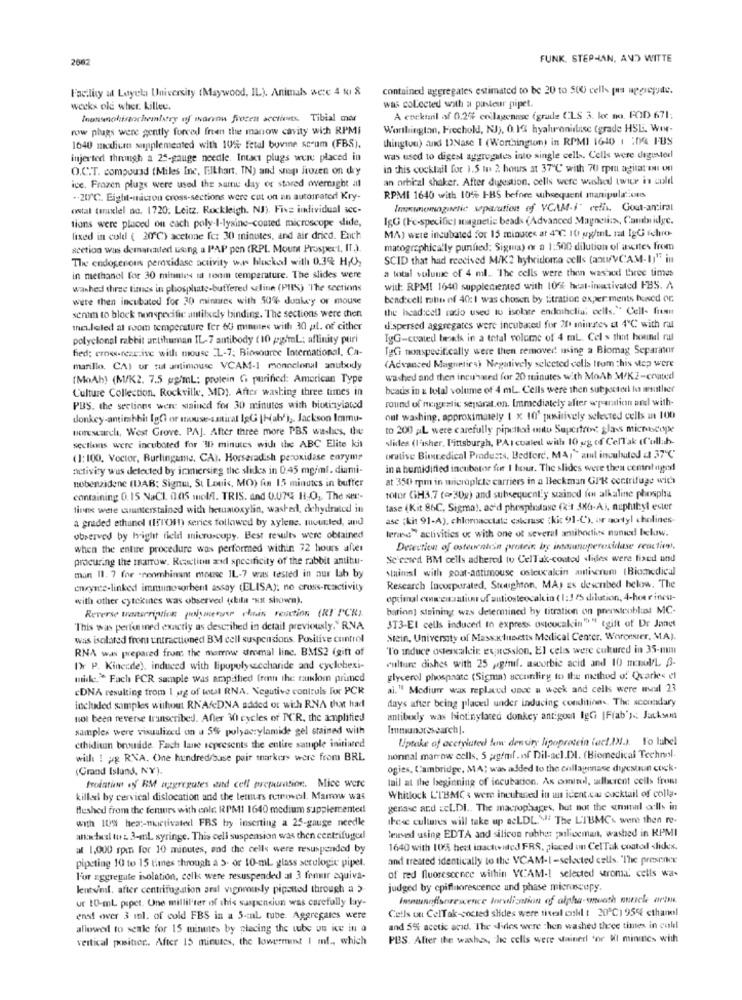
2082
FUNK. STEPHAN, AND WITTE
Facility at Layela University (Maywood, IL). Animals were 4 fu &
contained aggregates estimated to be 20 to 500 cells pa upgregyte.
weeks old wher. killee.
was collected with a pansteur pipet.
Inantenohistochemistry of warow frozen sections. Tibial mer
A cocktail of 0.2% collagennse (grade CLS 3. lec no. FOD 671;
row plugs were gently forced freen the manow cavity wich RPMI
Worthington, Frechold, NJ), 0.13 hyaluronidase (grade HSL. WIN-
thington) and INase I (Worthington) in RPMI 1640 1 :04 FBS
1640 mexican supplemented with 10% fetal bovine scrum (FBS).
injerted through a 25-gauge needle. Intact plugs were placed in
was used to digest aggregates into single cell .. Cells were deguster
O.C.T. compound (Miles Inc, Elkhart, IN) and snap Jivzen on dry
in this cocktail for 1.5 In 2 hours at 37℃ with 70 rpm agitat en on
an orbital shaker. After dugestion, cells were washed twice in culi
ice. Frozen plugs were used the same day or stored overnight at
.- 20℃. Eight-micron cross-sections were cut on an automated Kry-
RPMI 1640 with 10% I-BS before subsequent manipula.ons
osstal taraxlel ao. 1720. Leitz. Rockleigh, NJ). Five individual scc-
Imneogueric separation of VCAM-J" celis. Gout-amiral
tions were placed on each poly-l-lysine-coated microscope slide,
IgG (Fe-specific] magnetic beads (Advanced Magneti:x, Cautidge.
fixed in cold ( 20℃) acetone fc: 30 minutes, and air dried. Ench
MA) were incubated for 15 minutes at 4℃: 10 ug/ml mat IgGi ichro-
scetion was demarcated using a PAP pen (RPI. Mount Prospect, IT.).
matographically puntied; Sigma) or a 1:500 dilution of ancites from
The endogenous peroxidase activity war blocked with 0.3% HJO,
SCID that had received M/K2 hybridoma cells (anuVCAM-I]" in
a total volume of 4 ml. The cells were then was wed three times
in methanel for 30 minuties il team temperature. The slides were
washed three times in phosphate-buffered seline (PIS) "The sections
with: RPMI 1640 supplemented with 10ft heat-imotivated FBS. A
were then incubated for 30 minutes with 50% donkey or mouse
bend:cell ratte ef 40: 1 was chosen by titration experiments bowed or
the head:cell ratio used to isolate endohelia; cells." Cell- frem
senim to block nonspecific antilxely binding. The sections were then
meu.leled at room temperature fer 60 minutes with 30 pl. of cither
dispersed aggregates were incubated for 2ft minutes et 4℃ with rat
polyclonal rabbit urtihuman IL-7 antibody (10 pegimL: affinity puri
TgG-coated beats in a total volume of 4 mL. Cel s that hound rat
fied; crow-reac.ive with mouse L-7; Biosource International. Ca-
TgGi nonspecifically were then removed using a Biomag Separater
marillo. CA) ur tut antimouse VCAM-1 monoclonal anubody
(Advanced Magnetics) Negatively selected cells from this step were
(MoAh) (M/K2. 7.5 ggimL: protein Gi purified: American Type
washed and then incused for 20 minutes with MoAb M/K2-coated
Culture Collection. Rockville, MD). After washing three times in
beads in & total volume of 4 mL. Cells were then subjected to wauthier
round of magestic separat.on. Immediately after wparation and with-
PBS. the sections were stained for 30 minutes with biotinylated
donkey-antirabbi IgGi or mouse-amiral IşG [Hab') ,. Jackson Immu-
out washing, approximately 1 x 10' positively selected cells in 100
toresearch, West Grove. PAJ. After three more PBS washes, the
to 200 AL were carefully pipetlod outu Supcitron glans microscope
slides (Fisher, Pittsburgh, PAI cualed with 10 ug of CelTak (Cullah-
sections were incubated for 'Il minutes wide the ABC Elite kit
(1:100. Vector, Burlingame. CA). Horseradish peroxidase enzyme
orative Biomedical Products, Bedford, MAy"amel incubated a 37℃
activity wus detected by iramersieg the slides in 0.45 mg/ml. diami-
in a humidified incubator for 1 hour. The slides were then central aged
nobenzidene (DAB; Sigma, St Louis, MO) An 15 minutes in buffer
at 350 mm in microplete carriers in a Beckman GIR centrifuge wich
containing 0. 15 NaCl. 005 molfl. TRIS. and 0.07% H.O ., The ser-
tolor (iH3,7 (30g) and subsequently stained fen alkaline phosphsu
finns were cuunterstained with hetumoxylin, washed, chehydrated in
tase (Kit 86C, Sigma), ao'd phespintase (kit 386-A), nuphibyl ester
a graded ethanol (ISTOm) series followed by xylene. toutled, and
ase (kit 91-A), chlornacciate esterase (kit 91-C'), or nortyl cholines-
lerase activities oc with one ot several amibodies nonud bekrw.
observed by hright field microscopy. Best results were obtained
when the entire procedure was performed within 72 hours after
Detection of osteornicin protein by inmunoperoxidase reacties.
procuring the marrow. Reaction and specificity of the rabbit antibu-
Se cared BM cells adhered to CelTak-coated slides were fixed und
staimsl with goat-antimouse osteucalcin antiserum (Biomedical
man 11. 7 for -roomhinant mouse IL-7 was tested in our lab by
enryste-linked immunosorbent assay (IBLISA); no cross-rcactivity
Research Incorporated, Stoughton, MA) Es described below. The
with other cytokines was observed (chili "Hit shown).
optimal canweisation of autiosteocalcio ( 1:1 15 dilution, 4-hour incu-
bation] staining was determined by titration on preosteoblast MC-
Reverse transcription polymerase chain reaction (RT PCR).
This was pertained exactly as described in detail previously."R.NA
3T3-El cells induced to express ostoucalcin"" tgift of Dr Janet
was isolated from untractioned BM cell suspensions. Positive control
Stein, University of Mass.Klunetts Medical Center. Worcester, MA).
RNA was prepared from the momwww aromal line. BMS2 (gift of
To Induce odercalci expression, El celis were cultured in 35-mm
IWr P. Kinende), induced with lipupolysaccharide and cyclobexi-
culture dishes with 25 pgimf. ascorbic acid and 10 monol/L. 8-
midke." Fach FCR sample was amp thed [renn the culom primed
glycerol phospaate (Sigma) seconlirg to the method of Quaries el
EDNA resulting from I ag of total RNA. Negative controls For PCR
al." Modium wax replaced unce a week and cells were wwwsl 23
days after being placed under inducing conditions. The xcoundary
included samples without RNAADNA added or wich RNA that had
not been reverse transcribed. After 30 cycles of PCR, the amplified
antibuxly was biotinylated donkey antigoul IgGi [Fiab") .: Jacksem
samples were visuuliced on a 55% polyacrylamide gel stained with
Immunoresearch|.
liptake of acetyluted low density lipoprotein (act.IN.). To lubel
ethidiun bromide. Fach lane represents the entire sample initiwed
will ! pg RNA, One hundred/suse pair markers were from BRL
nonnal marrow cells, 5 agfmf.nf Dil-ael.DI. (Biomedical Technol-
(Grand Island, NY).
ogles, Cambridge, MA: was added to the enllagenase diestiun cock-
tail at the beginning of incubation. As ominodl, adherent cells from
troistion of RM aggregutes and cell preparation. Mice were
killed by cervical dislocation and the tetmas rumiwesl. Marrow was
Whitlock L'TBMC & were incubared in un ident.ca cocktail of colla-
fleshed from the femurs with cole RPMI 1640 medium supplemented
genase and zel.DI .. The macrophages, but not the anomal cells in
with 109 hexc-nictivated FRS by inserting a 25-gauge needle
these cultures will take up acLDL." The L'TBMCs were then re-
anactual to : 3-ml syringe. This cell suspension was then centrifuged
leused using EDTA and silicon rubhet ;ailiocmant, washed in RPMI
al 1,000 rpm for 10 minutes, and the cells were resuspended by
1640 with 10% best inactuited FRS. placed on Cel Tak coatal slides.
pipeting 10 to 15 times through a 5- or 10-ml glass seculogic pipel.
and treated identically to the VCAM-I-selected cells, "The prescinx
F'or aggregate isolation, cells were resuspended at 3 femur aquiva-
of red fluorescence within VCAM -! selected stroma cells wa-
lentoml. after centrifugaion anal vigorously pipottod through a 5-
judged by epifluorescence and phase microscopy.
ur tO-mL pipet. One millil'ter of this suspension was carefully lay-
Cells on CelTak-socied slides were final call ( 20℃) 95% chanel
ened over 3 mnl. of cold FBS in a 5-mal tube. Aggregaies were
allowed to settle for 15 minutes by placing the tube un ice in a
and 5% acetic acid. The Files were then washed three tintes in col
vertical position .. After 15 minutes, the lowerment I ml ., which
PBS Alter the wash, the cells were stained for MI minutes with